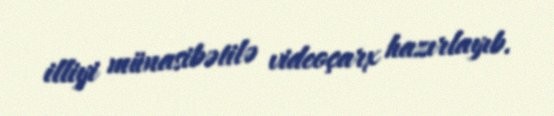
illiyi münasibətilə videoçarx hazırlayıb.